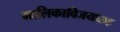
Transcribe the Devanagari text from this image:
मालिकाविजयासह